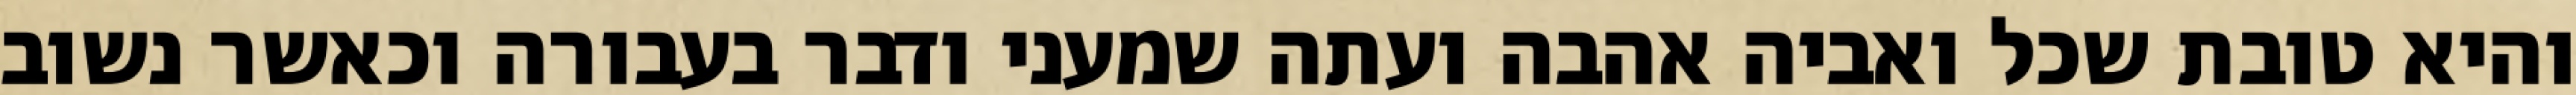
והיא טובת שכל ואביה אהבה ועתה שמעני ודבר בעבורה וכאשר נשוב